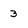
Character: 3